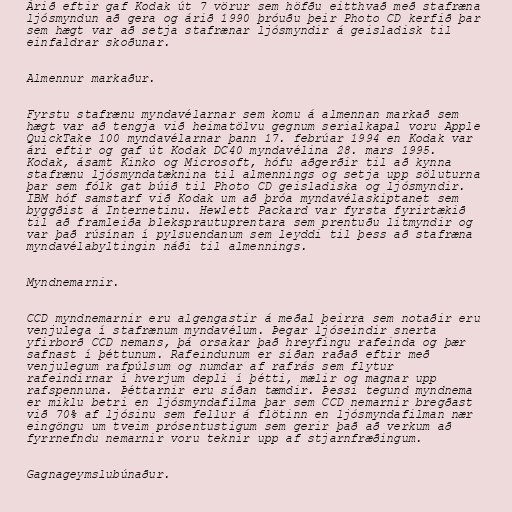
Árið eftir gaf Kodak út 7 vörur sem höfðu eitthvað með stafræna
ljósmyndun að gera og árið 1990 þróuðu þeir Photo CD kerfið þar
sem hægt var að setja stafrænar ljósmyndir á geisladisk til
einfaldrar skoðunar.

Almennur markaður.

Fyrstu stafrænu myndavélarnar sem komu á almennan markað sem
hægt var að tengja við heimatölvu gegnum serialkapal voru Apple
QuickTake 100 myndavélarnar þann 17. febrúar 1994 en Kodak var
ári eftir og gaf út Kodak DC40 myndavélina 28. mars 1995.
Kodak, ásamt Kinko og Microsoft, hófu aðgerðir til að kynna
stafrænu ljósmyndatæknina til almennings og setja upp söluturna
þar sem fólk gat búið til Photo CD geisladiska og ljósmyndir.
IBM hóf samstarf við Kodak um að þróa myndavélaskiptanet sem
byggðist á Internetinu. Hewlett Packard var fyrsta fyrirtækið
til að framleiða bleksprautuprentara sem prentuðu litmyndir og
var það rúsínan í pylsuendanum sem leyddi til þess að stafræna
myndavélabyltingin náði til almennings.

Myndnemarnir.

CCD myndnemarnir eru algengastir á meðal þeirra sem notaðir eru
venjulega í stafrænum myndavélum. Þegar ljóseindir snerta
yfirborð CCD nemans, þá orsakar það hreyfingu rafeinda og þær
safnast í þéttunum. Rafeindunum er síðan raðað eftir með
venjulegum rafpúlsum og numdar af rafrás sem flytur
rafeindirnar í hverjum depli í þétti, mælir og magnar upp
rafspennuna. Þéttarnir eru síðan tæmdir. Þessi tegund myndnema
er miklu betri en ljósmyndafilma þar sem CCD nemarnir bregðast
við 70% af ljósinu sem fellur á flötinn en ljósmyndafilman nær
eingöngu um tveim prósentustigum sem gerir það að verkum að
fyrrnefndu nemarnir voru teknir upp af stjarnfræðingum.

Gagnageymslubúnaður.